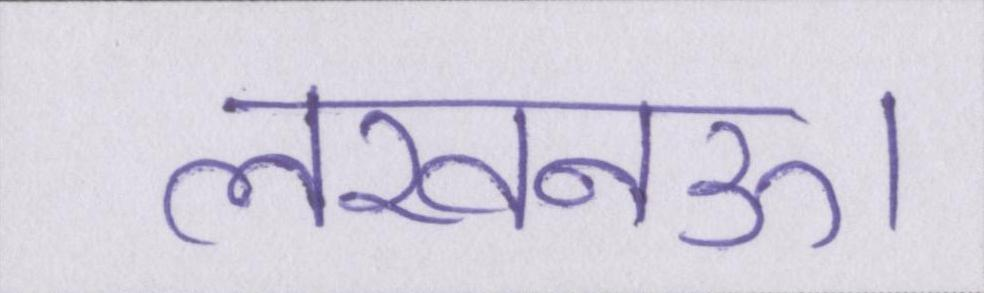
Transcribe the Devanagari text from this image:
लखनऊ।